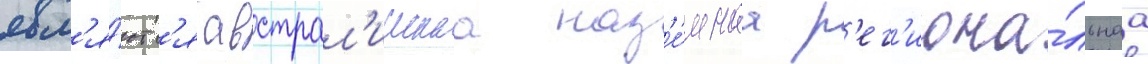
явл'я́ютс'я австрал'иискаа наз'е́мнаа р'ег'иона́льнаа